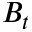
B _ { t }